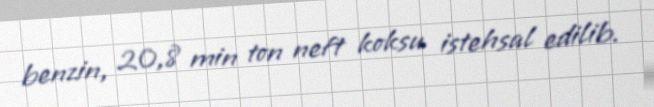
benzin, 20,8 min ton neft koksu istehsal edilib.